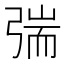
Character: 𰐜